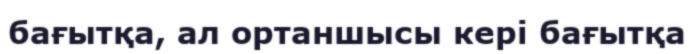
бағытқа, ал ортаншысы кері бағытқа